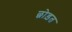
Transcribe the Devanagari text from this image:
छोड़त